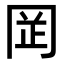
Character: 𫝍